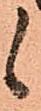
候